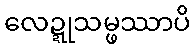
လေဍ္ဍုသမ္ဖဿာပိ